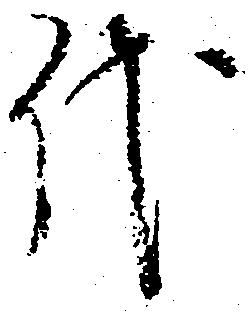
代